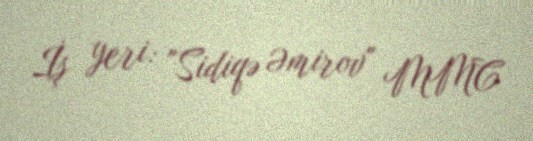
İş yeri: "Sidiqə Əmirov" MMC